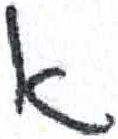
אות: א